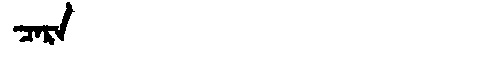
Manchu: ᠴᠠᡵᠠ
Romanization: CARA